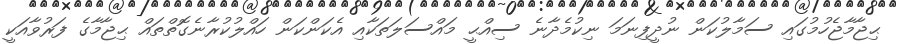
ޙިޖާމާޖެހުމުގައި ސަމާލުކަން ނުދީފިނަމަ ނިކުމެދާނެ ސިއްޙީ މައްސަލަތަކާއި އެކަންކަން ހައްލުކުރާނެގޮތްތައް ޙިޖާމާގެ ފަރުވާއަކީ